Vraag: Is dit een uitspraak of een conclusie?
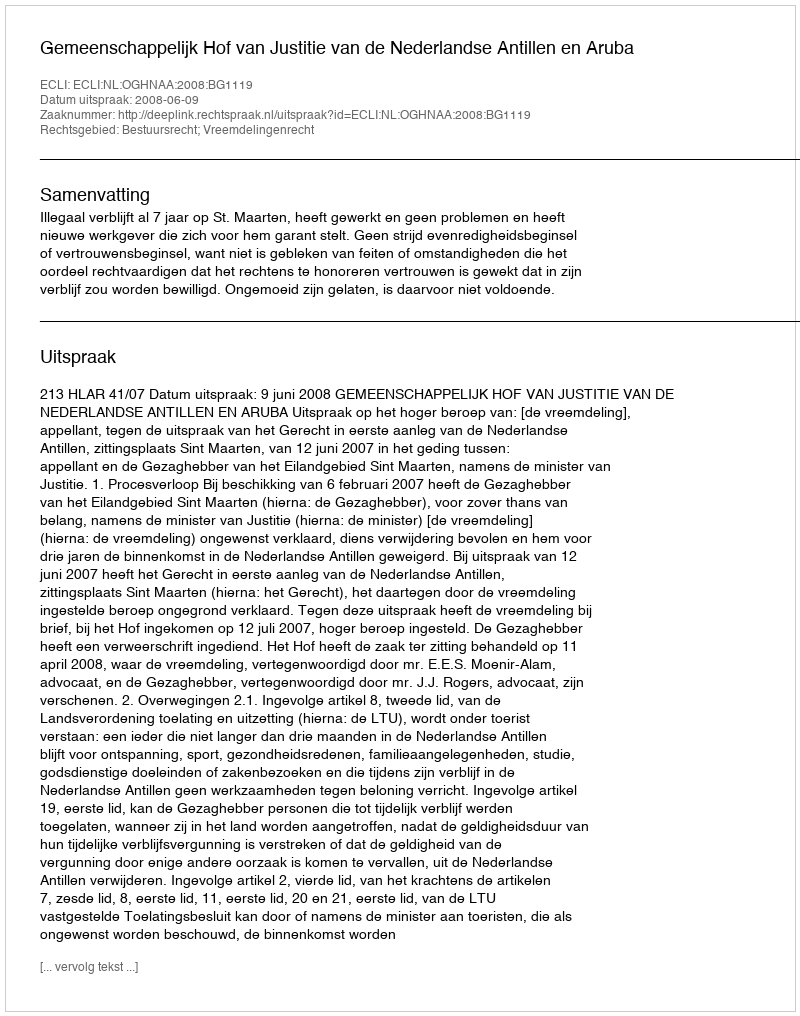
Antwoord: Uitspraak